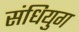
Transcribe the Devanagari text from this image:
संधियुग